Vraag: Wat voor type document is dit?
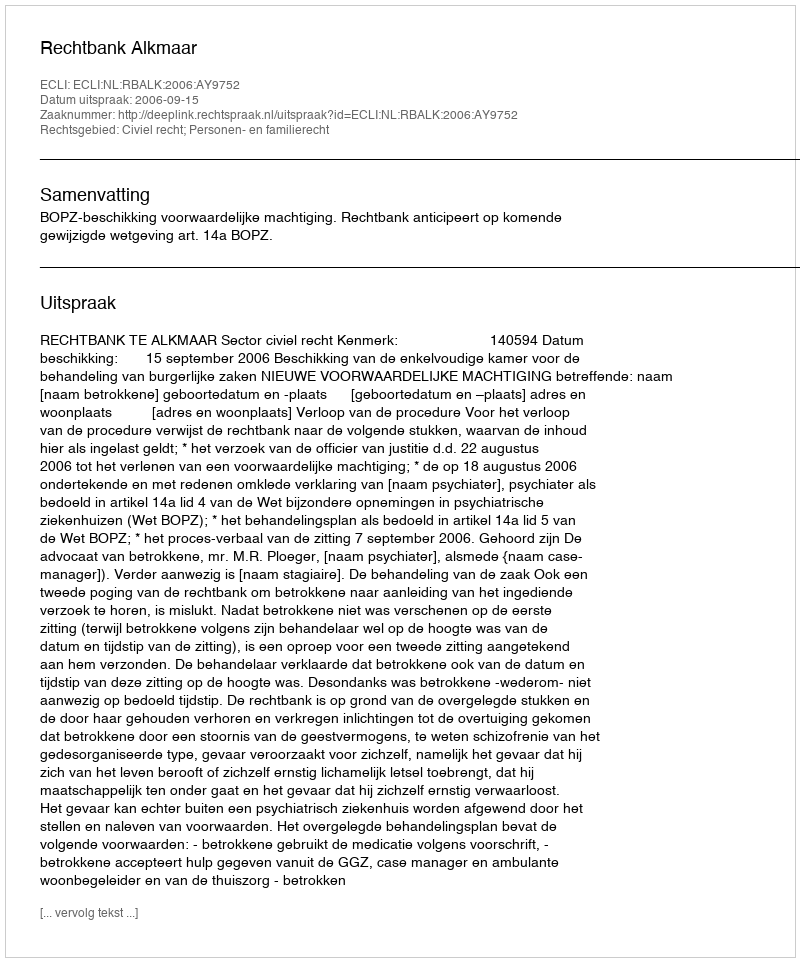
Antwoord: Uitspraak